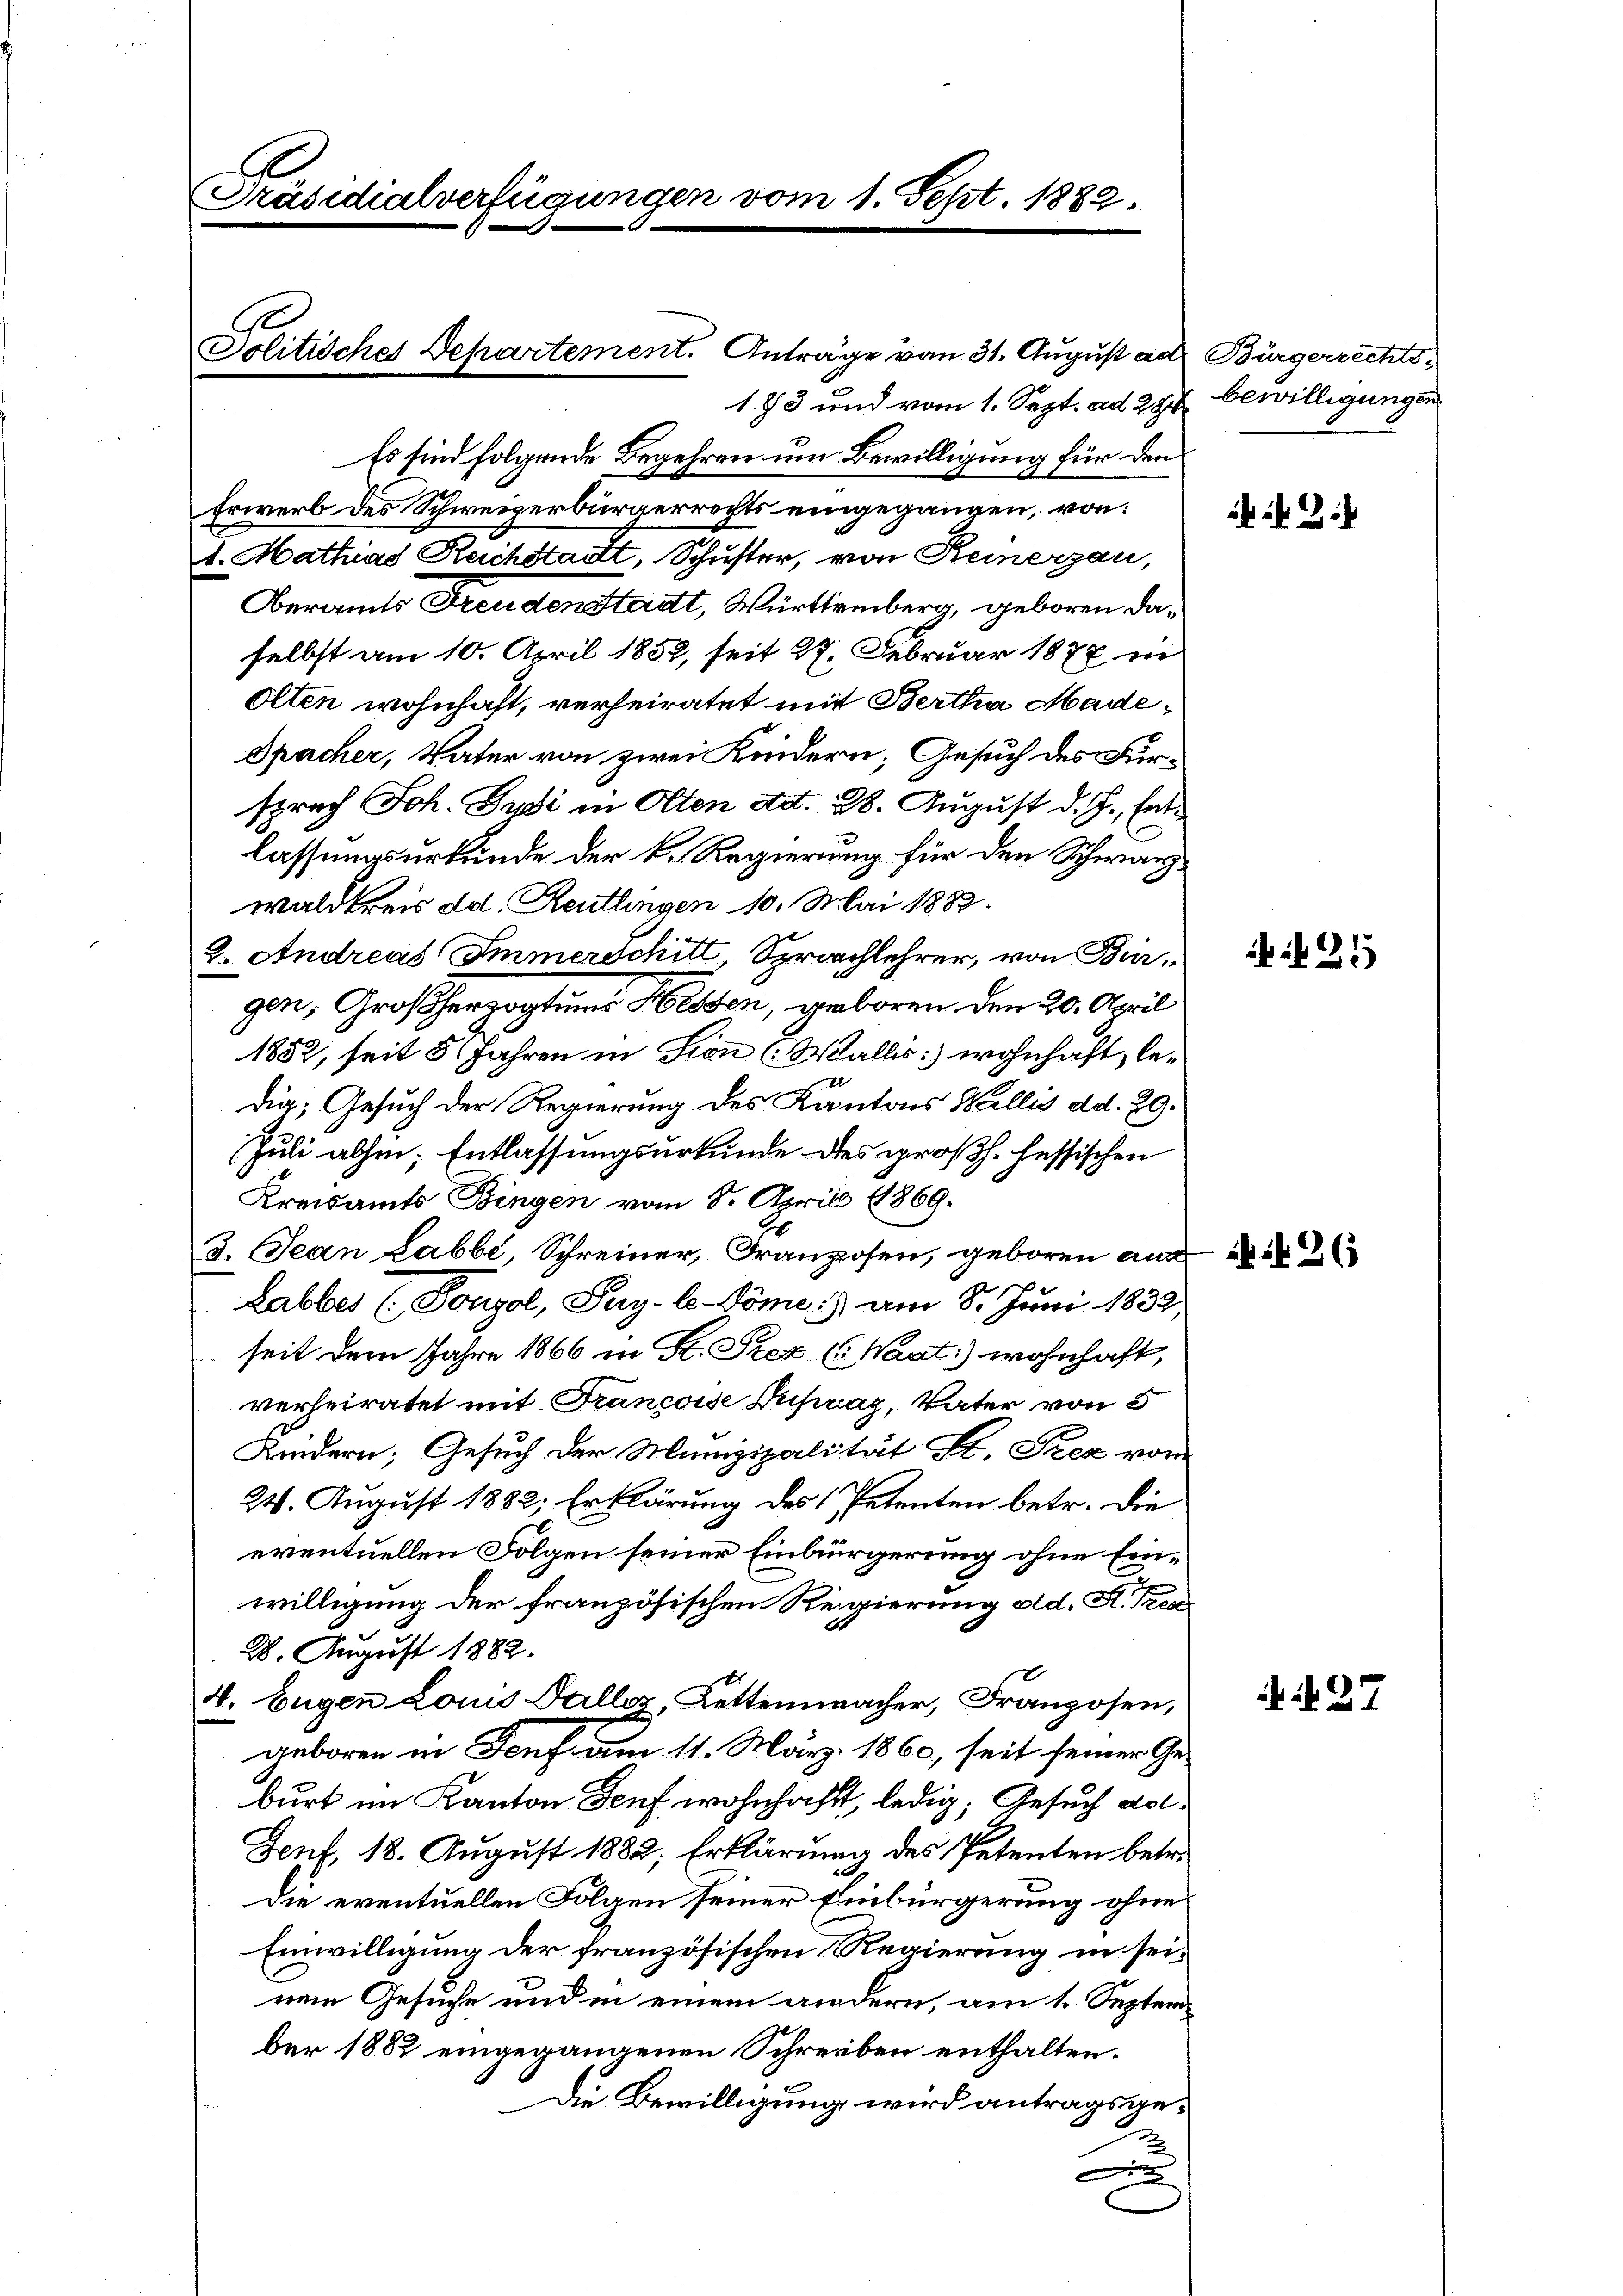
Präsidialverfügungen vom 1. Sept. 1882.

Solitisches Departement. Anträge von 31. August ad Bürgerrechts,
183 und vom 1. Sept. ad 297 bewilligungen
Es sind folgende Begehren um Bewilligung für den
Erwerb des Schweizerbürgerrechts eingegangen, von:
1. Mathias Reichstadt, Schuster, von Reinerzau,
Oberamts Freuden Stadt, Württemberg, geboren daselbst am 10. April 1852, seit 27. Februar 1877 in
Olten wohnhaft, verheiratet mit Bertha Made¬
Spacher, Vater von zwei Kindern; Gesuch des Fürsprach Joh. Jusi in Olten ad. 28. August d. J., Entlassungsurkunde der k. Regierung für den Schwarzwaldkreis ad. Reutlingen 10. Mai 1882.
2. Andreas Immerschitt, Sprachlehrer, von Biergen, Großherzogtums Hessen, geboren den 20. April
1852, seit 5 Jahren in Son (Wallis: wohnhaft, ledig; Gesuch der Regierung des Kantons Wallis d.d. 29.
Juli abhin; Entlassungsurkunde des großh. fessischen
Kreisamts Bingen vom 8. April 1869.
3. Jean Labbé, Schreiner, Franzosen, geboren aus
Labber (Pongol, Pay-le-Döme :) am 8. Juni 1832.
seit dem Jahre 1866 in St. Siez ( Waat:) wohnhaft,
verheiratet mit Francoise Duprag, Vater von 5
Kindern; Gesuch der Munizipalität St. Peez vom
24. August 1882, Erklärung des Petenten betr. die
eventuellen Folgen seiner Einbürgerung ohne Einwilligung der französischen Regierung ad. R. Tren
28. August 1882.
4. Eugen Louis Fallez, Kettenmacher, Franzosen,
geboren in Torf am 11. März 1860, seit seiner Geburt im Kanton Genf wohnhaft, ledig, Gesuch dol¬
Fent, 18. August 1882, Erklärung des Petenten betre
die eventuellen Folgen seiner Einbürgerung ohne
Einwilligung der französischen Regierung in seinem Gesuche und in einem andern, am 1. September 1882 eingegangenen Schreiben enthalten.
Die Bewilligung wird antragsge¬

2

25

2

N. 27